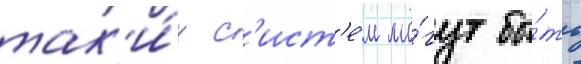
так'и́х с'ист'е́м мо́гут бы́ть